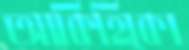
আকিহিকো